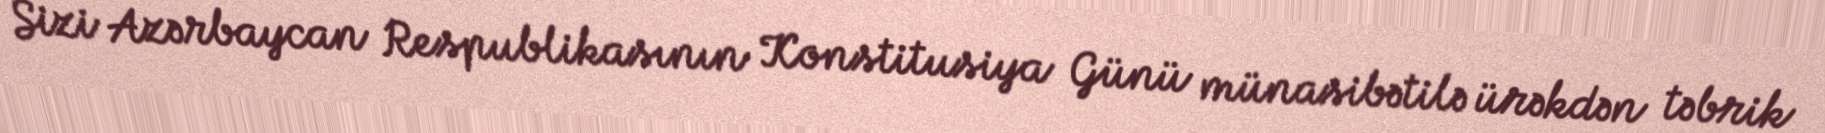
Sizi Azərbaycan Respublikasının Konstitusiya Günü münasibətilə ürəkdən təbrik